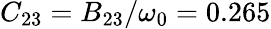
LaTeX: C_{23}=B_{23}/\omega_{0}=0.265